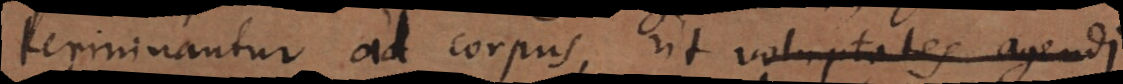
terminantur ad corpus, ut voluptates agendi